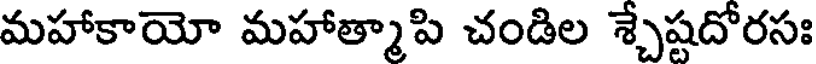
మహాకాయో మహాత్మాపి చండిల శ్చేష్టదోరసః